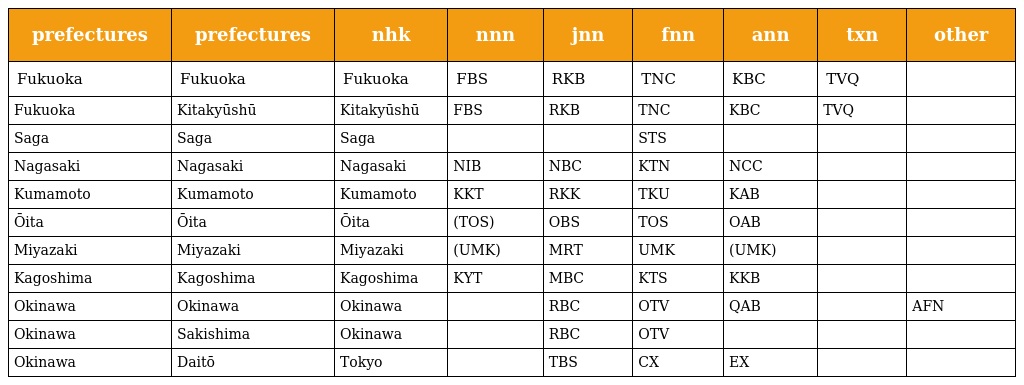
| prefectures | prefectures | nhk | nnn | jnn | fnn | ann | txn | other |
 | --- | --- | --- | --- | --- | --- | --- | --- | --- |
 | Fukuoka | Fukuoka | Fukuoka | FBS | RKB | TNC | KBC | TVQ |  |
 | Fukuoka | Kitakyūshū | Kitakyūshū | FBS | RKB | TNC | KBC | TVQ |  |
 | Saga | Saga | Saga |  |  | STS |  |  |  |
 | Nagasaki | Nagasaki | Nagasaki | NIB | NBC | KTN | NCC |  |  |
 | Kumamoto | Kumamoto | Kumamoto | KKT | RKK | TKU | KAB |  |  |
 | Ōita | Ōita | Ōita | (TOS) | OBS | TOS | OAB |  |  |
 | Miyazaki | Miyazaki | Miyazaki | (UMK) | MRT | UMK | (UMK) |  |  |
 | Kagoshima | Kagoshima | Kagoshima | KYT | MBC | KTS | KKB |  |  |
 | Okinawa | Okinawa | Okinawa |  | RBC | OTV | QAB |  | AFN |
 | Okinawa | Sakishima | Okinawa |  | RBC | OTV |  |  |  |
 | Okinawa | Daitō | Tokyo |  | TBS | CX | EX |  |  |